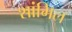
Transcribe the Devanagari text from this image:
शांमिल